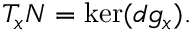
T _ { x } N = \ker ( d g _ { x } ) .